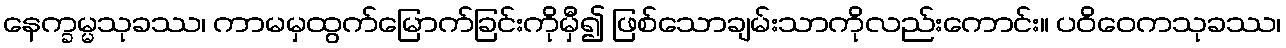
နေက္ခမ္မသုခဿ၊ ကာမမှထွက်မြောက်ခြင်းကိုမှီ၍ ဖြစ်သောချမ်းသာကိုလည်းကောင်း။ ပဝိဝေကသုခဿ၊